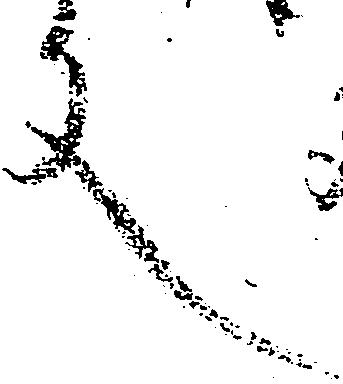
文